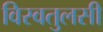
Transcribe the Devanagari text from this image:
विस्वतुलसी